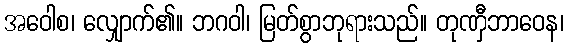
အဝေါစ၊ လျှောက်၏။ ဘဂဝါ၊ မြတ်စွာဘုရားသည်။ တုဏှီဘာဝေန၊